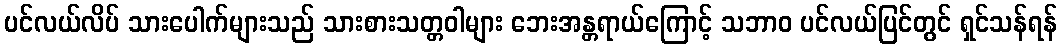
ပင်လယ်လိပ် သားပေါက်များသည် သားစားသတ္တဝါများ ဘေးအန္တရာယ်ကြောင့် သဘာဝ ပင်လယ်ပြင်တွင် ရှင်သန်ရန်